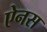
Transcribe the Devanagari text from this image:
ऐनस